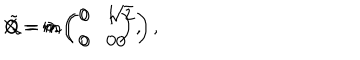
LaTeX: X = m \left( \begin{array} { c c } { { 0 } } & { { 1 } } \\ { { 0 } } & { { 0 } } \\ \end{array} \right) , \hspace { 1 c m } Q = m \left( \begin{array} { c c } { { 0 } } & { { \sqrt { 2 } } } \\ { { 0 } } & { { 0 } } \\ \end{array} \right) , \hspace { 1 c m } \tilde { Q } = 0 .